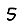
Digit: 5